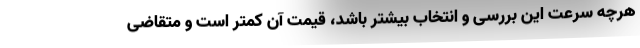
هرچه سرعت این بررسی و انتخاب بیشتر باشد، قیمت آن کمتر است و متقاضی